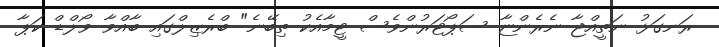
ރަނގަޅު ނަތީއްޖާ ނެރެންޏާ ސަޕޯޓަރުންވެސް ޓީމާއެކު ތިބޭނެ" ބްރެޒިލްގައި ބާއްވާ ވޯލްޑް ކަޕާ